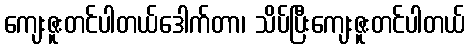
ကျေးဇူးတင်ပါတယ်ဒေါက်တာ၊ သိပ်ပြီးကျေးဇူးတင်ပါတယ်